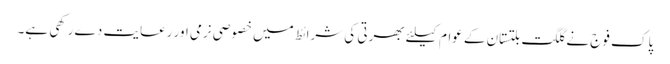
پاک فوج نے گلگت بلتستان کے عوام کیلئے بھرتی کی شرائط میں خصوصی نرمی اور رعایت دے رکھی ہے۔